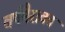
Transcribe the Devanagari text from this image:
वर्षमैरावतं